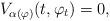
LaTeX: \begin{align*}V_{\alpha(\varphi)} (t,\varphi_t) = 0,\end{align*}